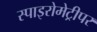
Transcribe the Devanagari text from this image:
स्पाइरोमेट्रीपर